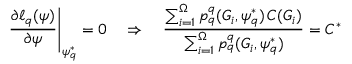
\left. \frac { \partial \ell _ { q } ( \psi ) } { \partial \psi } \right| _ { \psi _ { q } ^ { * } } = 0 \quad \Rightarrow \quad \frac { \sum _ { i = 1 } ^ { \Omega } p _ { q } ^ { q } ( G _ { i } , \psi _ { q } ^ { * } ) \, C ( G _ { i } ) } { \sum _ { i = 1 } ^ { \Omega } p _ { q } ^ { q } ( G _ { i } , \psi _ { q } ^ { * } ) } = C ^ { * }